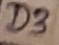
Text: D3